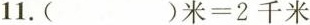
11.()米=2千米